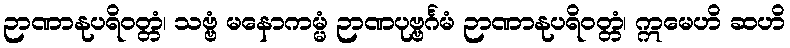
ဉာဏာနုပရိဝတ္တံ၊ သဗ္ဗံ မနောကမ္မံ ဉာဏပုဗ္ဗင်္ဂမံ ဉာဏာနုပရိဝတ္တံ၊ ဣမေဟိ ဆဟိ